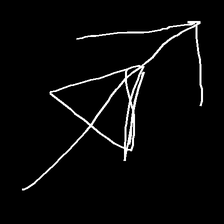
Glyph: pull